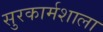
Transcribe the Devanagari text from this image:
सुरकार्मशाला